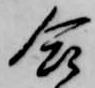
合